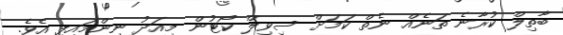
ބާތިލް ކުރާނެ ތަނެއް ނެތް ކަމަށް ސިވިލް ކޯޓުން މިއަދު ނިންމައިފި އެވެ.